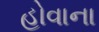
હોવાના